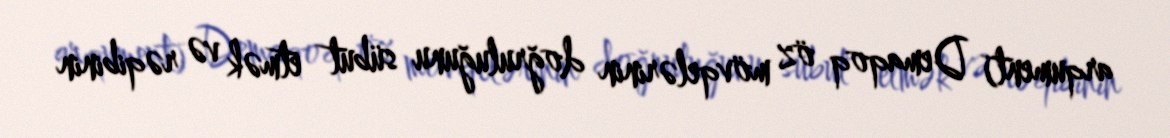
arqument) Demaqoq öz mövqelərinin doğruluğunu sübut etmək və rəqibinin